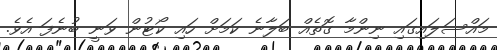
މައްސަލައިގައި ނިންމާ ގޮތެއް ބަލާނެ ކަމަށް ހައި ކޯޓުން ވަނީ ބުނެފަ އެވެ.